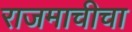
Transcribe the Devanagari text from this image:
राजमाचीचा